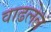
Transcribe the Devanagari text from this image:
वाढलेलं